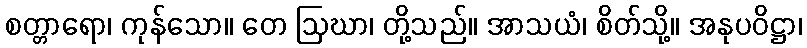
စတ္တာရော၊ ကုန်သော။ တေ ဩဃာ၊ တို့သည်။ အာသယံ၊ စိတ်သို့။ အနုပဝိဋ္ဌာ၊